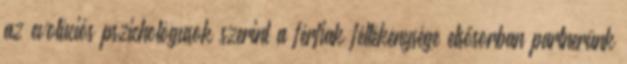
az evolúciós pszichológusok szerint a férﬁak féltékenysége elsősorban partnerünk